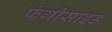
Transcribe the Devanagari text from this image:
फंगीसाइड